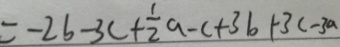
= - 2 b - 3 c + \frac { 1 } { 2 } a - c + 3 b + 3 c - 3 a